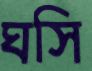
ঘসি